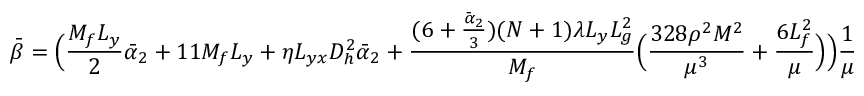
\bar { \beta } = \Big ( \frac { M _ { f } L _ { y } } { 2 } \bar { \alpha } _ { 2 } + 1 1 M _ { f } L _ { y } + \eta L _ { y x } D _ { h } ^ { 2 } \bar { \alpha } _ { 2 } + \frac { ( 6 + \frac { \bar { \alpha } _ { 2 } } { 3 } ) ( N + 1 ) \lambda L _ { y } L _ { g } ^ { 2 } } { M _ { f } } \Big ( \frac { 3 2 8 \rho ^ { 2 } M ^ { 2 } } { \mu ^ { 3 } } + \frac { 6 L _ { f } ^ { 2 } } { \mu } \Big ) \Big ) \frac { 1 } { \mu }